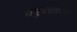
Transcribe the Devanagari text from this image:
वधुवरांच्या